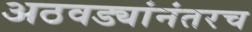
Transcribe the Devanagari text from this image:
अठवड्यांनंतरच